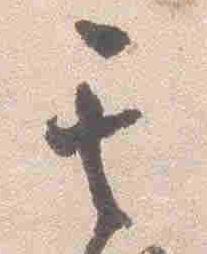
其